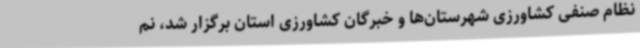
نظام صنفی کشاورزی شهرستان‌ها و خبرگان کشاورزی استان برگزار شد، نم